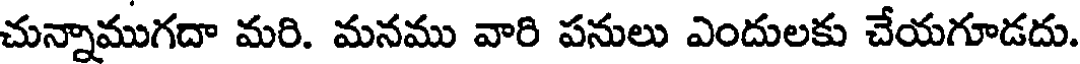
చున్నాముగదా మరి. మనము వారి పనులు ఎందులకు చేయగూడదు.